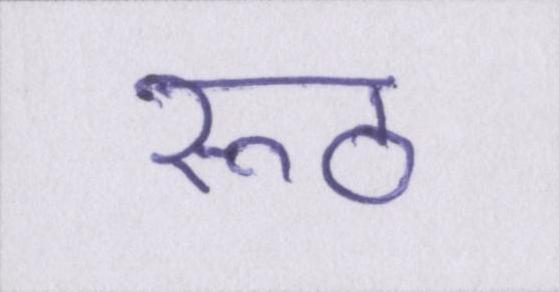
रूठ